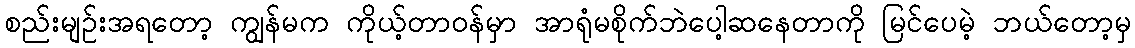
စည်းမျဉ်းအရတော့ ကျွန်မက ကိုယ့်တာဝန်မှာ အာရုံမစိုက်ဘဲပေါ့ဆနေတာကို မြင်ပေမဲ့ ဘယ်တော့မှ